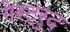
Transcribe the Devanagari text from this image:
गेरट्रुद